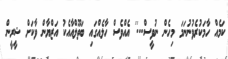
ކަމެއް ހާމަކުރެވުނުނަމަ މިހެން ނުވީސް...'' އެއްވެސް ހާލެއްގައި ބަތޫލްއާއެކު އަޒްޔާން ވާކަށް ޝީރީން